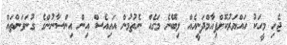
ޖެހި މީހަކު ހައްޔަރުކޮށްފިއާމްދަނީއެއް ލިބޭނެ މަގެއް ނެތުމުން އައިއެސް އިން އިންސާނުންގެ ގުނަވަންތައް